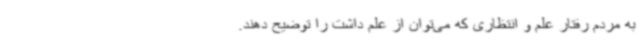
به مردم رفتار علم و انتظاری که می‌توان از علم داشت را توضیح دهند.